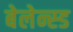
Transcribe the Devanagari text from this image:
बेलेन्स्ड